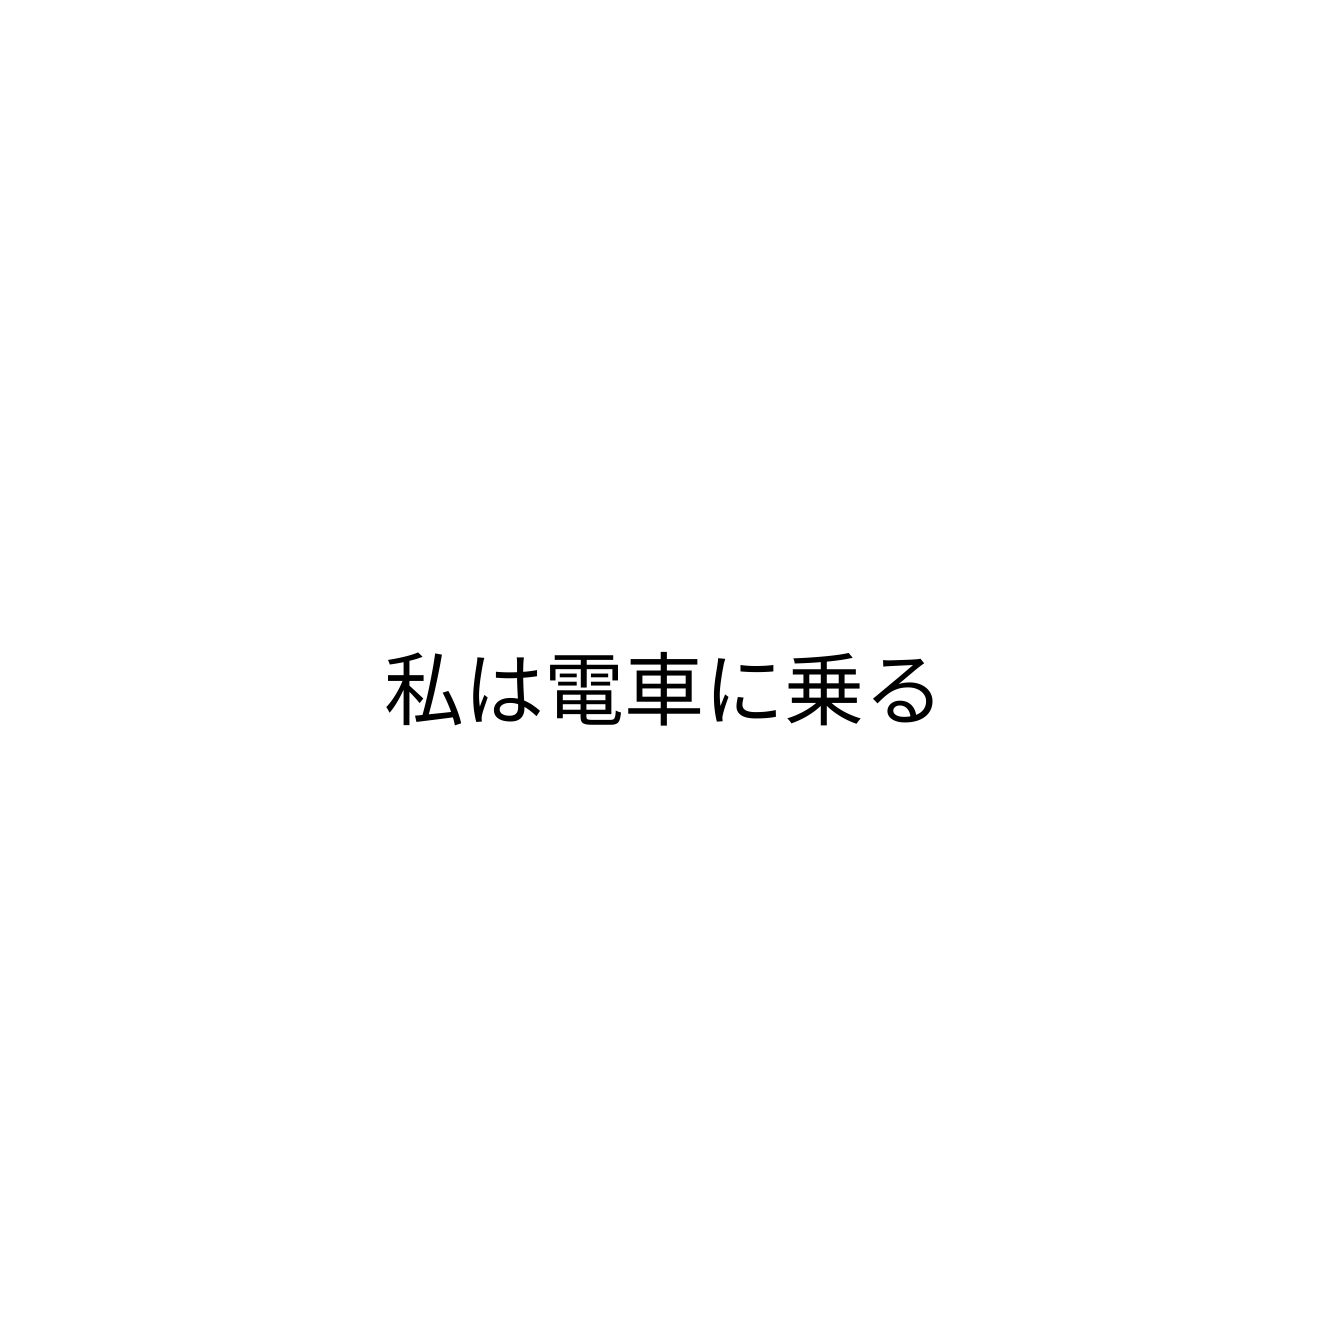
私は電車に乗る